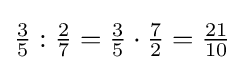
{\tfrac {3}{5}}:{\tfrac {2}{7}}={\tfrac {3}{5}}\cdot {\tfrac {7}{2}}={\tfrac {21}{10}}